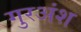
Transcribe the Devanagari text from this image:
गुरअंश